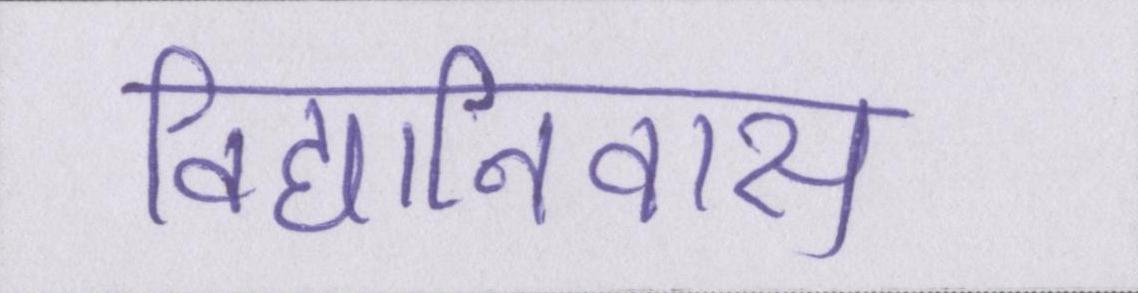
विद्यानिवास